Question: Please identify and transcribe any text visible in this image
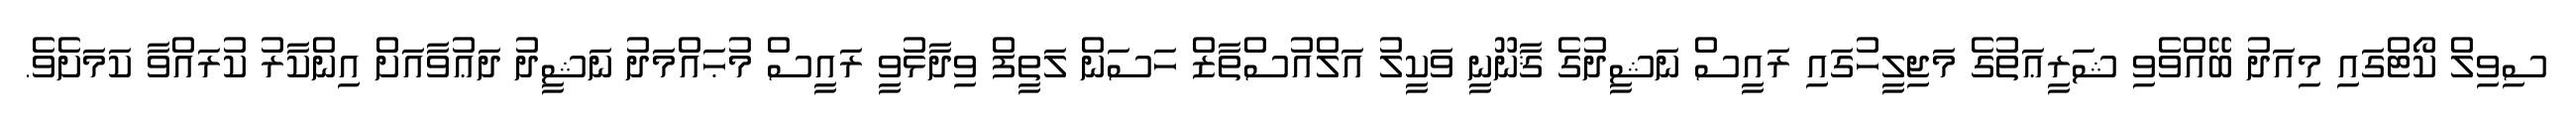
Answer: ސިވިލް ކޯޓްގައި މިއަދު ބޭއްވެވި ޝަރީޢަތުގެ މަޖިލީހުގައި ރައީސް ނަޝީދުގެ ޤާނޫނީ ވަކީލު އަލްއުސްތާޒް ހަސަން ލަތީފް ވިދާޅުވީ ރައީސް މުޙައްމަދު ނަޝީދު ދަޢުވާއަށް އިންކާރު ކުރައްވާ ކަމަށެވެ.